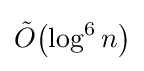
{\tilde {O}}{\mathord {\left(\log ^{6}n\right)}}